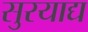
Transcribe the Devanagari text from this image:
सुरयाद्य